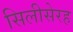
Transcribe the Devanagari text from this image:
सिलीसेरह